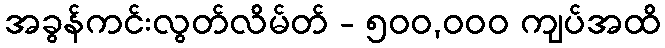
အခွန်ကင်းလွတ်လိမ်တ် - ၅၀၀,၀၀၀ ကျပ်အထိ